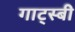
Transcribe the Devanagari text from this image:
गाट्स्बी